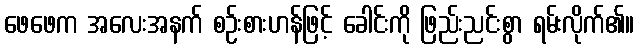
ဖေဖေက အလေးအနက် စဉ်းစားဟန်ဖြင့် ခေါင်းကို ဖြည်းညင်းစွာ ရမ်းလိုက်၏။